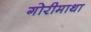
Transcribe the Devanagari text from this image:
गोरीमाथा